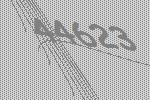
44623